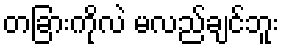
တခြားကိုလဲ မလည်ချင်ဘူး